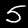
Digit: 5